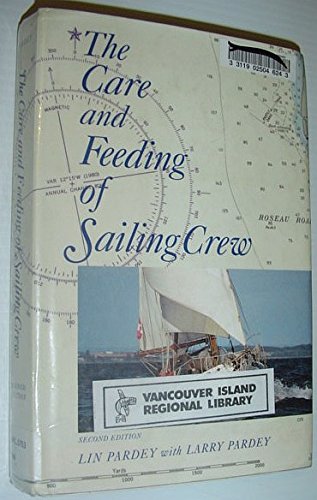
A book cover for The Care and Feeding of Sailing Crew; Lin Pardey; Cookbooks, Food & Wine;